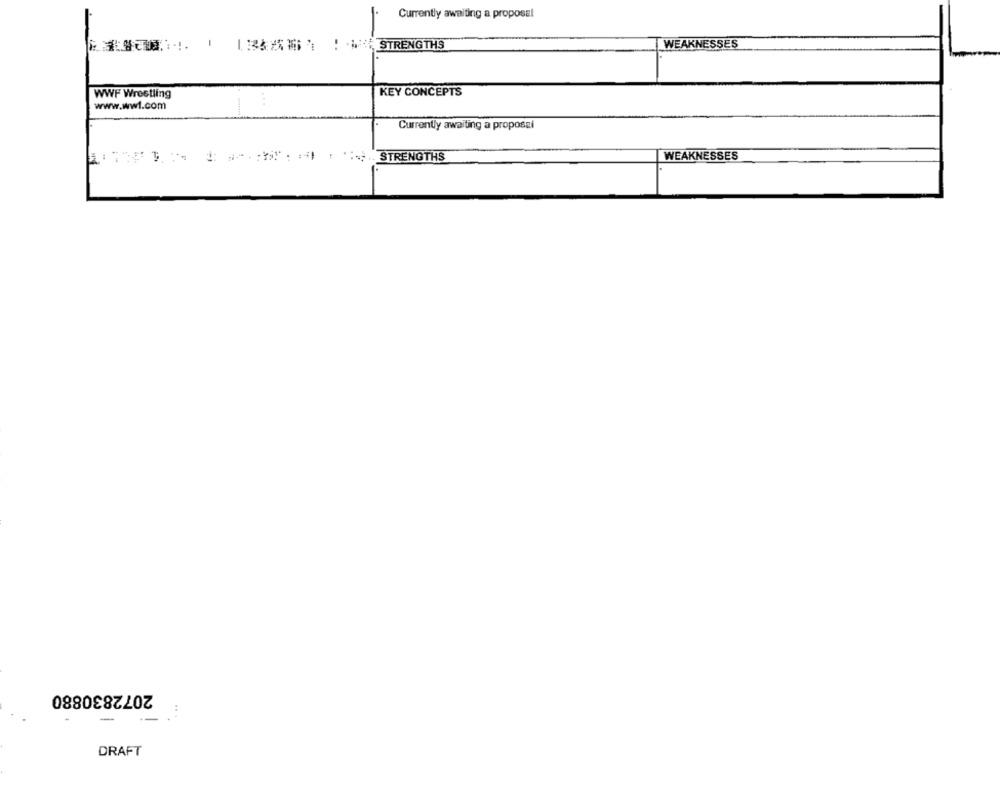
Currently awaiting a proposal
E ....... || |STRENGTHS
WEAKNESSES
WWF Wrestling
KEY CONCEPTS
www.wwl.com
Currently awaiting a proposal
STRENGTHS
WEAKNESSES
2072830880
.. .
-
DRAFT